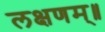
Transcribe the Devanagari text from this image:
लक्षणम्‌॥